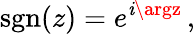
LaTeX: \operatorname{sgn}(z)=e^{\mathit{i}\argz}\, ,